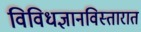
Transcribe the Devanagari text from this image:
विविधज्ञानविस्तारात